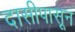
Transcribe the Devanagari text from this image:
दासीपासून